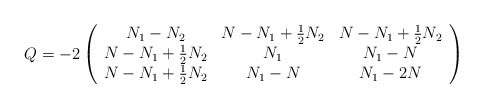
\begin{align*}Q=-2\left( \begin{array}{ccc}N_1-N_2 & N-N_1+\frac 12N_2 & N-N_1+\frac 12N_2 \\ N-N_1+\frac 12N_2 & N_1 & N_1-N \\ N-N_1+\frac 12N_2 & N_1-N & N_1-2N\end{array}\right)\end{align*}